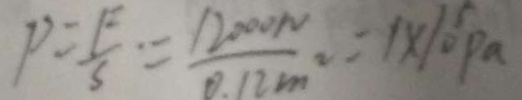
P = \frac { F } { S } = \frac { 1 2 0 0 0 N } { 0 . 1 2 m ^ { 2 } } = 1 \times 1 0 ^ { 5 } P a